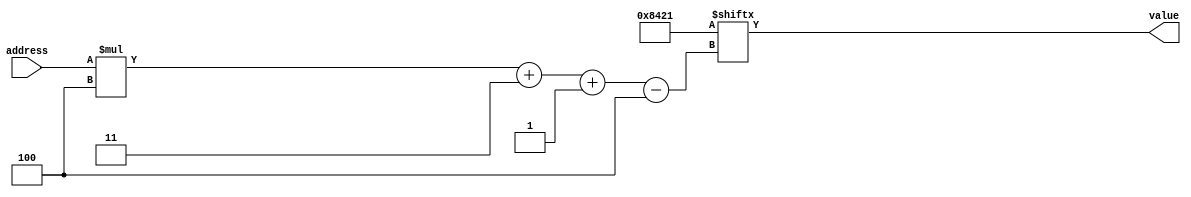
module result_ROM_7 (
    input [2:0] address,
    output reg [3:0] value
  );
  
  
  
  localparam RESULT_ROM = 20'h08421;
  
  always @* begin
    value = RESULT_ROM[(address)*4+3-:4];
  end
endmodule